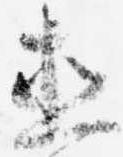
直